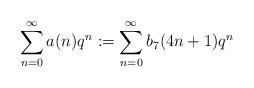
\begin{align*}\sum_{n=0}^{\infty}a(n)q^n:=\sum_{n=0}^{\infty}b_7(4n+1)q^n\end{align*}